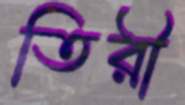
তিরী